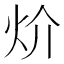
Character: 炌